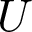
U